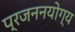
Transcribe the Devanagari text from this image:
प्रजननयोग्य